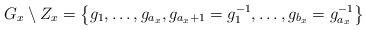
LaTeX: \begin{align*} G_x\setminus Z_x=\left\{g_1,\ldots,g_{a_x},g_{a_x+1}=g_1^{-1},\ldots,g_{b_x}=g_{a_x}^{-1}\right\}\end{align*}